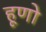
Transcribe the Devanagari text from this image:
हूणो